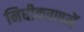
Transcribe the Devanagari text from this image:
निधीकरणमें